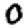
Digit: 0